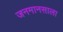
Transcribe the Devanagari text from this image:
जनमानसाला